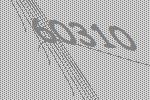
60310